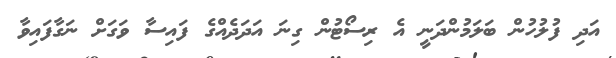
އަދި ފުލުހުން ބަލަމުންދަނީ އެ ރިސޯޓުން ގިނަ އަދަދެއްގެ ފައިސާ ވަގަށް ނަގާފައިވާ